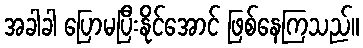
အခါခါ ပြောမပြီးနိုင်အောင် ဖြစ်နေကြသည်။